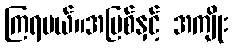
ကြရမယ်။အပြစ်နှင့် အကျိုး